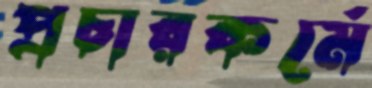
প্রচারকর্মে